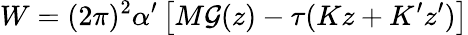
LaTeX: W=(2\pi)^{2}\alpha^{\prime}\left[M{\cal G}(z)-\tau(Kz+K^{\prime}z^{\prime})\right]